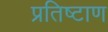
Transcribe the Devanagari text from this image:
प्रतिष्टाण